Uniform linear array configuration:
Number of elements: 32
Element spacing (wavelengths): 0.5
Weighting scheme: kaiser
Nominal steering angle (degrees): -60
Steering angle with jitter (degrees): -59.459
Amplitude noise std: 0.05
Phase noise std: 0.05

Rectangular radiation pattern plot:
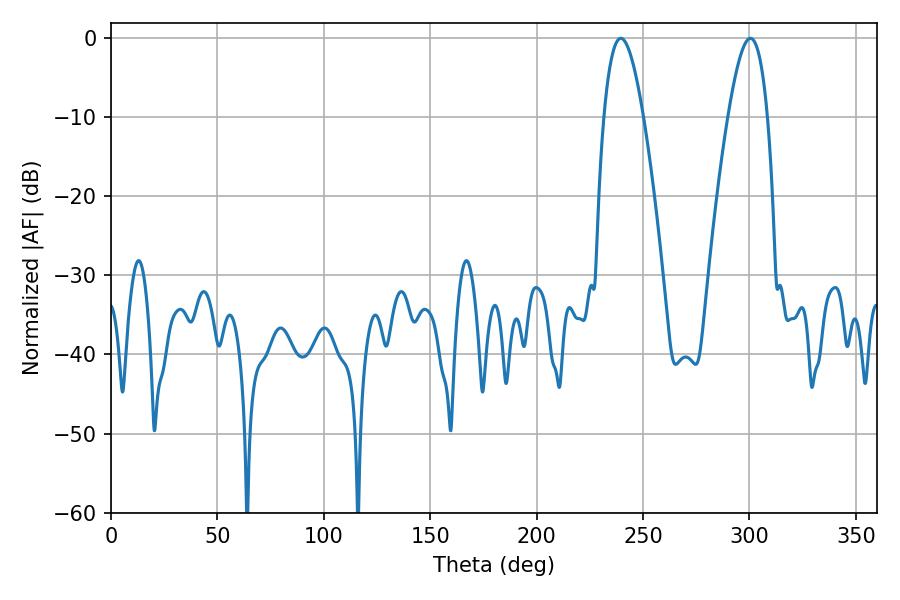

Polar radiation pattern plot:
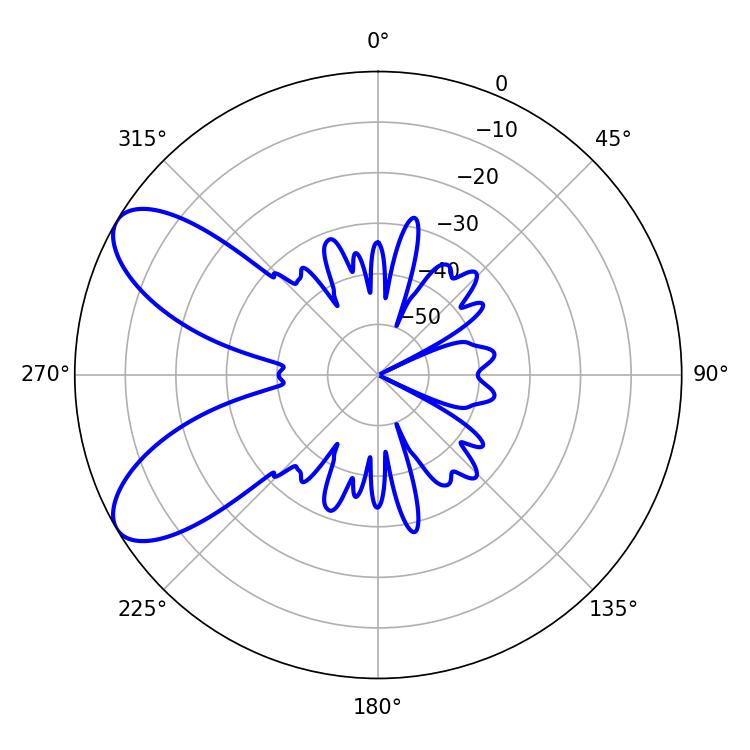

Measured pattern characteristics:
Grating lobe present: FALSE
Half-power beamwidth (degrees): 10.08
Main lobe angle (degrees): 239.58